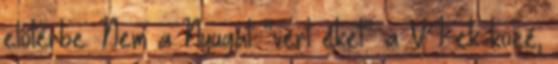
előtérbe. Nem a Nyugat “vert éket” a V4-ek közé,